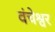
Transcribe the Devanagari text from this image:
वंचेश्वर